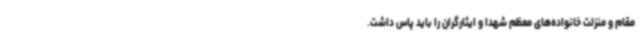
مقام و منزلت خانواده‌های معظم شهدا و ایثارگران را باید پاس داشت.